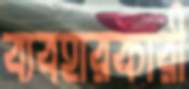
ব্যবহারকারী